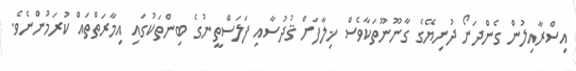
އިސްރާއިލުން ގެންދަނޯ ދުނިޔޭގެ ގާނޫނޫތަކާވެސް ޚިލާފަށް ޤުދުސާއި ފަލަސްތީނުގެ ބިންތަކުގައި އިމާރަތްތައް ކުރަމުންނެވެ.